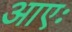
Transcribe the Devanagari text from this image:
आएः